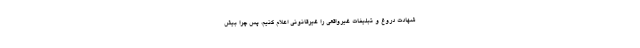
شهادت دروغ و تبلیغات غیرواقعی را غیرقانونی اعلام کنیم، پس چرا بیش